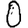
Digit: 0